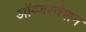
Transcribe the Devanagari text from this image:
ऑब्जरवेशन